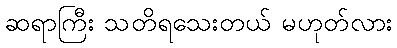
ဆရာကြီး သတိရသေးတယ် မဟုတ်လား